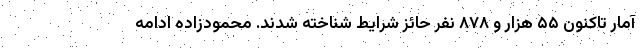
آمار تاکنون ۵۵ هزار و ۸۷۸ نفر حائز شرایط شناخته شدند. محمودزاده ادامه